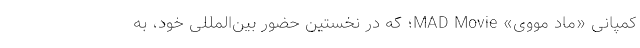
کمپانی «ماد مووی» MAD Movie؛ که در نخستین حضور بین‌المللی خود، به